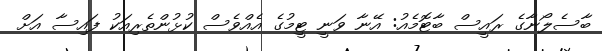
ބާސެލޯނާގެ ރައީސް ބާޓޮމެެއު: އޭނާ ވަނީ ޓީމުގެ އެއްވެސް ކުޅުންތެރިއަކު ފައިސާ އަށް